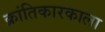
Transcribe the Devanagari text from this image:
क्रांतिकारकाला